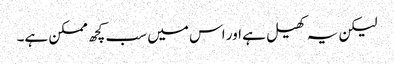
لیکن یہ کھیل ہے اور اس میں سب کچھ ممکن ہے۔